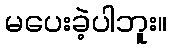
မပေးခဲ့ပါဘူး။